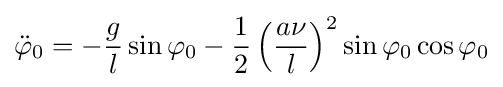
{\ddot {\varphi }}_{0}=-{\frac {g}{l}}\sin \varphi _{0}-{\frac {1}{2}}\left({\frac {a\nu }{l}}\right)^{2}\sin \varphi _{0}\cos \varphi _{0}